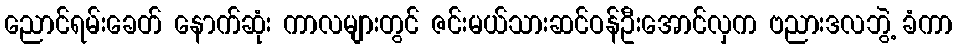
ညောင်ရမ်းခေတ် နောက်ဆုံး ကာလများတွင် ဇင်းမယ်သားဆင်ဝန်ဦးအောင်လှက ဗညားဒလဘွဲ့ ခံကာ